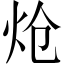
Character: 炝